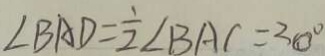
\angle B A D = \frac { 1 } { 2 } \angle B A C = 3 0 ^ { \circ }